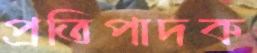
প্রতিপাদক